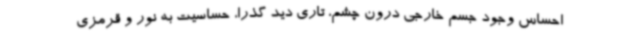
احساس وجود جسم خارجی درون چشم، تاری دید گذرا، حساسیت به نور و قرمزی